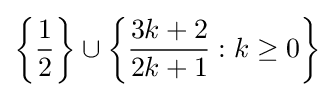
\left\{{\frac {1}{2}}\right\}\cup \left\{{\frac {3k+2}{2k+1}}:k\geq 0\right\}